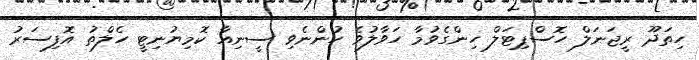
ހިތަދޫ ރީޖަނަލް ހޮސްޕިޓަލް ހިންގެވުމާ ހަވާލުވެ ހުންނެވި ސީނިއާ ކޮމިޔުނިޓީ ހެލްތު އޮފިސަރު